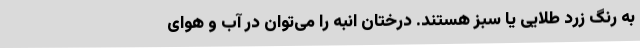
به رنگ زرد طلایی یا سبز هستند. درختان انبه را می‌توان در آب و هوای